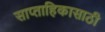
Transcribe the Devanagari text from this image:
साप्ताहिकासाठी